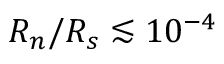
{ \cal R } _ { n } / { \cal R } _ { s } \lesssim 1 0 ^ { - 4 }